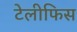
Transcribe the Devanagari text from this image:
टेलीफिस